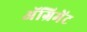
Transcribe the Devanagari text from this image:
अॅग्रिमेंट